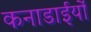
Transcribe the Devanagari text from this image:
कनाडाईयों